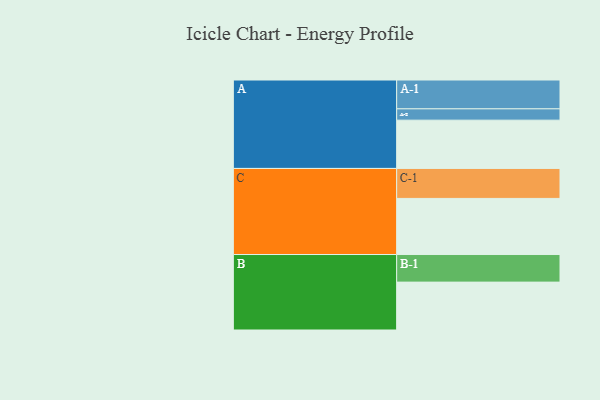
{"axis": {"x": "Segment", "y": "Value"}, "legend": ["", "A", "B", "C"], "data": [{"x": "A", "y": 469, "type": ""}, {"x": "B", "y": 465, "type": ""}, {"x": "C", "y": 545, "type": ""}, {"x": "A-1", "y": 280, "type": "A"}, {"x": "A-2", "y": 110, "type": "A"}, {"x": "B-1", "y": 268, "type": "B"}, {"x": "C-1", "y": 291, "type": "C"}]}